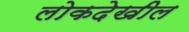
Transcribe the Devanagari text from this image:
लोकदेखील